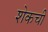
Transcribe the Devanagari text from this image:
शेकची